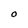
Character: O